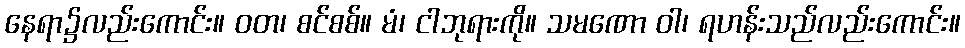
နေရာ၌လည်းကောင်း။ ဝတ၊ စင်စစ်။ မံ၊ ငါဘုရားကို။ သမဏော ဝါ၊ ရဟန်းသည်လည်းကောင်း။